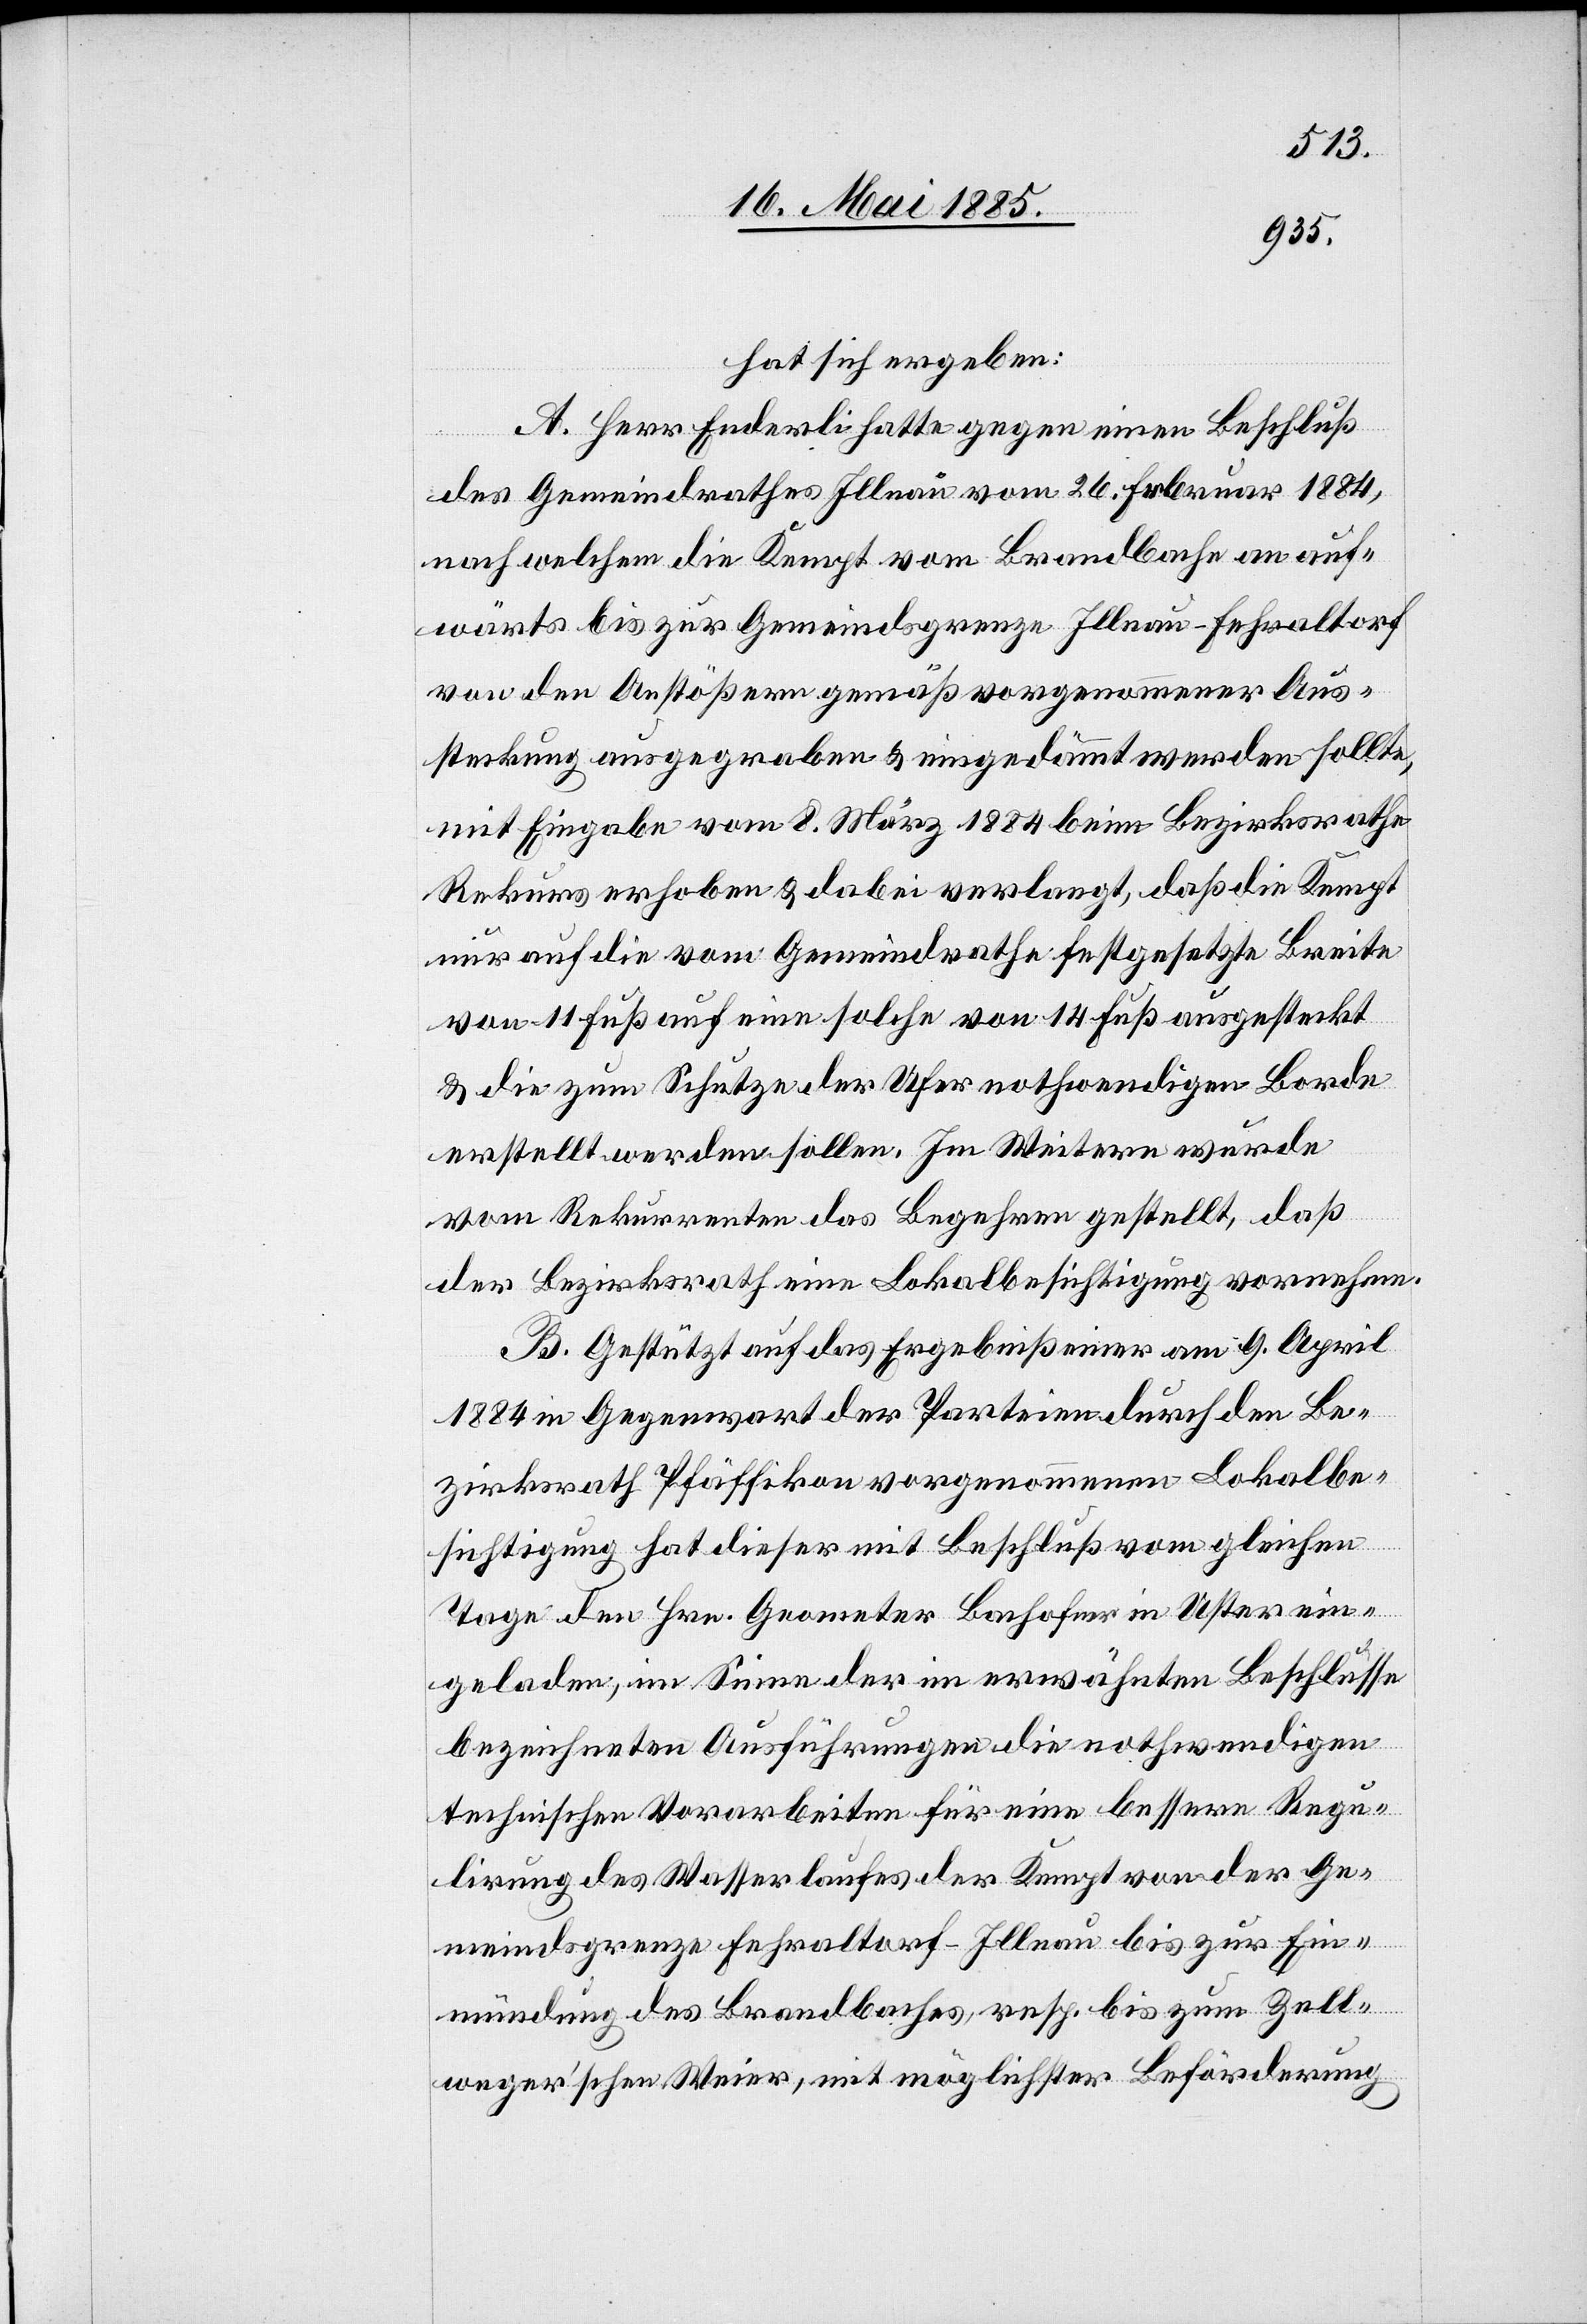
hat sich ergeben:
A. Herr Enderli hatte gegen einen Beschluß
des Gemeindrathes Illnau vom 26. Februar 1884,
nach welchem die Kempt vom Brandbache an auf¬
wärts bis zur Gemeindsgrenze Illnau - Fehraltorf
von den Anstößern gemäß vorgenommener Aus¬
steckung ausgegraben & eingedämmt werden sollte,
mit Eingabe vom 8. März 1884 beim Bezirksrathe
Rekurs erhoben & dabei verlangt, daß die Kempt
nur auf die vom Gemeindrathe festgesetzte Breite
von 11 Fuß auf eine solche von 14 Fuß ausgesteckt
& die zum Schutze der Ufer nothwendigen Borde
erstellt werden sollen. Im Weitern wurde
vom Rekurrenten das Begehren gestellt, daß
der Bezirksrath eine Lokalbesichtigung vornehme.
B. Gestützt auf das Ergebniß einer am 9. April
1884 in Gegenwart der Parteien durch den Be¬
zirksrath Pfäffikon vorgenommene Lokalbe¬
sichtigung hat dieser mit Beschluß vom gleichen
Tage den Hrn. Geometer Bachofner in Uster ein¬
geladen, im Sinne der im erwähnten Beschlusse
bezeichneten Ausführungen die nothwendigen
technischen Vorarbeiten für eine bessere Regu¬
lirung des Wasserlaufes der Kempt von der Ge¬
meindsgrenze Fehraltorf - Illnau bis zur Ein¬
mündung des Brandbaches, resp. bis zum Zell¬
weger’schen Weier, mit möglichster Beförderung